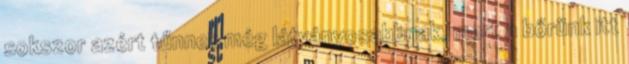
sokszor azért tűnnek még látványosabbnak, mert a bőrünk itt